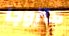
متزوجا